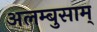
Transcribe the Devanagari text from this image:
अलम्बुसाम्